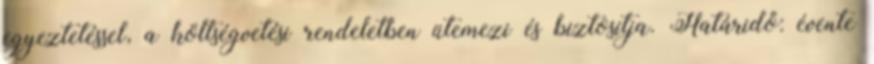
egyeztetéssel, a költségvetési rendeletben ütemezi és biztosítja. Határidő: évente